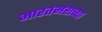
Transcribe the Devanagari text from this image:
भारतभराच्‍या